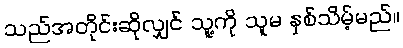
သည်အတိုင်းဆိုလျှင် သူ့ကို သူမ နှစ်သိမ့်မည်။